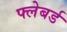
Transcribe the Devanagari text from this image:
फ्लेबर्ड